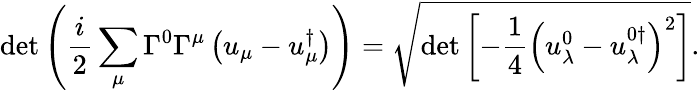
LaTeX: \operatorname*{det}\left(\frac{i}{2}\sum_{\mu}\Gamma^{0}\Gamma^{\mu}\left(u_{\mu}-u_{\mu}^{\dagger}\right)\right)=\sqrt{\operatorname*{det}\left[-\frac 14\left(u_{\lambda}^{0}-u_{\lambda}^{0\dagger}\right)^{2}\right]}.